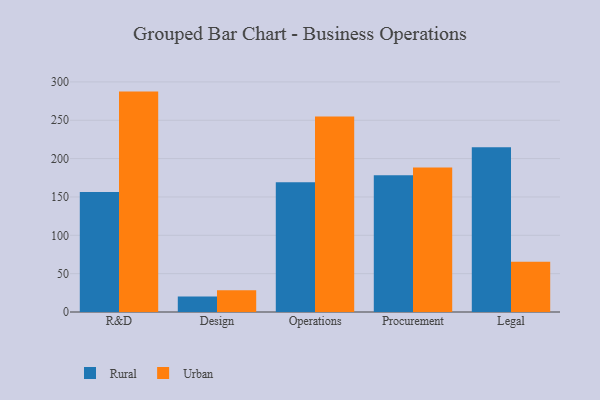
{"axis": {"x": "Department", "y": "Headcount"}, "legend": ["Rural", "Urban"], "data": [{"x": "R&D", "y": 156.4, "type": "Rural"}, {"x": "R&D", "y": 287.4, "type": "Urban"}, {"x": "Design", "y": 20.3, "type": "Rural"}, {"x": "Design", "y": 28.3, "type": "Urban"}, {"x": "Operations", "y": 169.1, "type": "Rural"}, {"x": "Operations", "y": 255.0, "type": "Urban"}, {"x": "Procurement", "y": 178.3, "type": "Rural"}, {"x": "Procurement", "y": 188.4, "type": "Urban"}, {"x": "Legal", "y": 214.9, "type": "Rural"}, {"x": "Legal", "y": 65.6, "type": "Urban"}]}